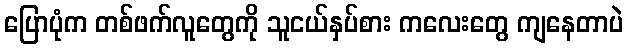
ပြောပုံက တစ်ဖက်လူတွေကို သူငယ်နှပ်စား ကလေးတွေ ကျနေတာပဲ